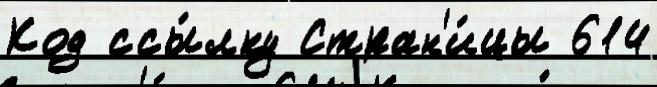
Код ссы́лку Стран'и́цы 614